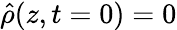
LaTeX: \hat{\rho}(z,t=0)=0